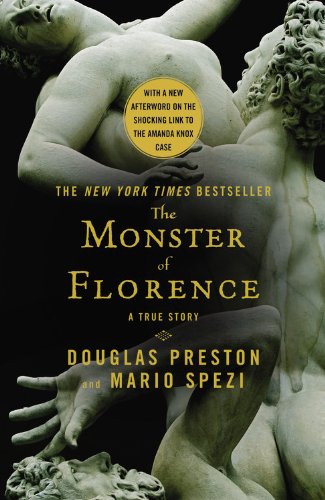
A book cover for The Monster of Florence; Douglas Preston; Biographies & Memoirs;